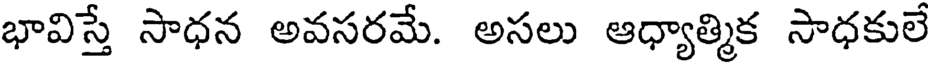
భావిస్తే సాధన అవసరమే. అసలు ఆధ్యాత్మిక సాధకులే